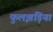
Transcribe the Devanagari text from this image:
फुलझड़ियां